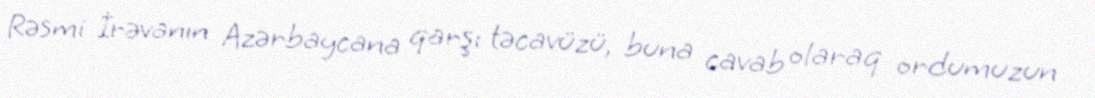
Rəsmi İrəvanın Azərbaycana qarşı təcavüzü, buna cavab olaraq ordumuzun